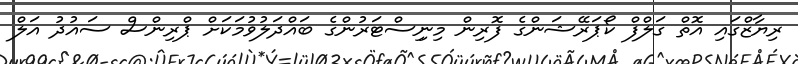
ރިޔާޒްގައި އޮތް ގަލްފް ކޯޕަރޭޝަންގެ ފޮރިން މިނިިސްޓަރުންގެ ބައްދަލުވުމަކަށް ޕްރިންސް ސައުދު އަލް